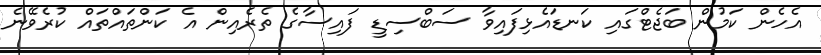
އެހެން ކަމުން ބަޖެޓްގައި ކަނޑައެޅިފައިވާ ސަބްސިޑީ ފައިސާގެ ތެރެއިން އެ ކަންތައްތައް ކުރެވޭނެ